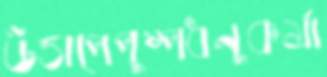
উত্তাপেপুষ্পধনুকর্মা